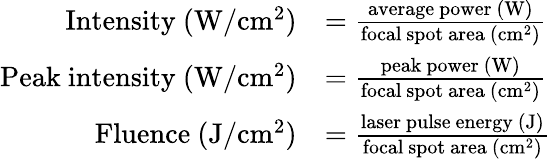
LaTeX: {\begin{array}{rl}{{\mathrm{Intensity~}}(\mathrm{W}/\mathrm{cm}^{2})}&{={\frac{{\mathrm{average~power~}}(\mathrm{W})}{{\mathrm{focal~spot~area~}}(\mathrm{cm}^{2})}}}\\ {{\mathrm{Peak~intensity~}}(\mathrm{W}/\mathrm{cm}^{2})}&{={\frac{{\mathrm{peak~power~}}(\mathrm{W})}{{\mathrm{focal~spot~area~}}(\mathrm{cm}^{2})}}}\\ {{\mathrm{Fluence~}}(\mathrm{J}/\mathrm{cm}^{2})}&{={\frac{{\mathrm{laser~pulse~energy~}}(\mathrm{J})}{{\mathrm{focal~spot~area~}}(\mathrm{cm}^{2})}}}\end{array}}